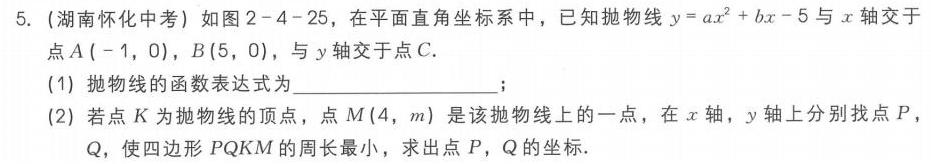
5.（湖南怀化中考）如图2 - 4 - 25，在平面直角坐标系中，已知抛物线\(y = ax^{2}+bx - 5\)与\(x\)轴交于点\(A(-1,0)\)，\(B(5,0)\)，与\(y\)轴交于点\(C\).
(1) 抛物线的函数表达式为  ；
(2) 若点\(K\)为抛物线的顶点，点\(M(4,m)\)是该抛物线上的一点，在\(x\)轴，\(y\)轴上分别找点\(P\)，\(Q\)，使四边形\(PQKM\)的周长最小，求出点\(P\)，\(Q\)的坐标.